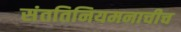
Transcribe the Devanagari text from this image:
संततिनियमनाचीच